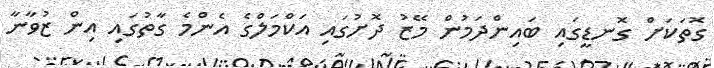
ގޮތަކަށް ގޮނޑީގައި ބައިންދަމުން މޭޒު ދޮށުގައި އަކްމަލްގެ އެންމެ ގާތުގައި އިން ޒުވާނާ